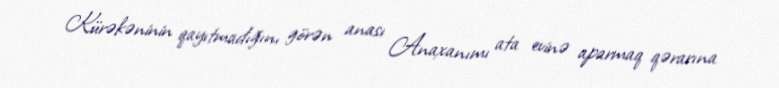
Kürəkəninin qayıtmadığını görən anası Anaxanımı ata evinə aparmaq qərarına